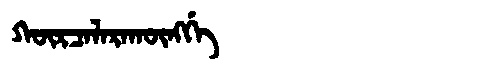
Manchu: ᡴᡡᡵᠴᠠᠯᠠᡵᠠᡴᡡᠩᡤᡝ
Romanization: KŪRCALARAKŪNGGE